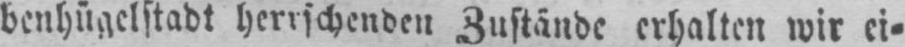
benhügelstadt herrschenden Zustände erhalten wir ei⸗